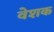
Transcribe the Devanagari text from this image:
वेशक